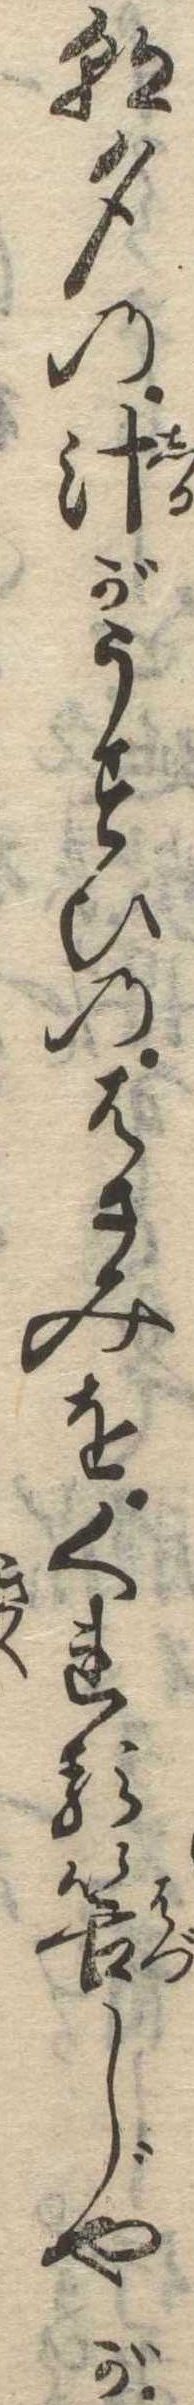
朝夕の汁がうすひのはさみをくれる筈じやが